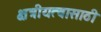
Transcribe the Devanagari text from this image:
क्षत्रीयत्वासाठी